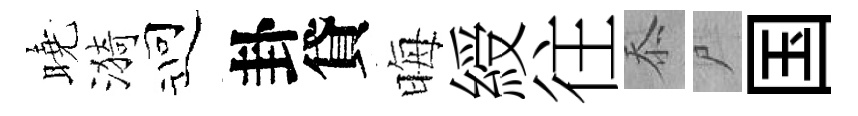
曉漪迎卦貸晦綬往忝尸国